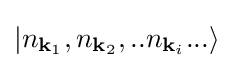
|n_{{\mathbf {k} }_{1}},n_{{\mathbf {k} }_{2}},..n_{{\mathbf {k} }_{i}}...\rangle